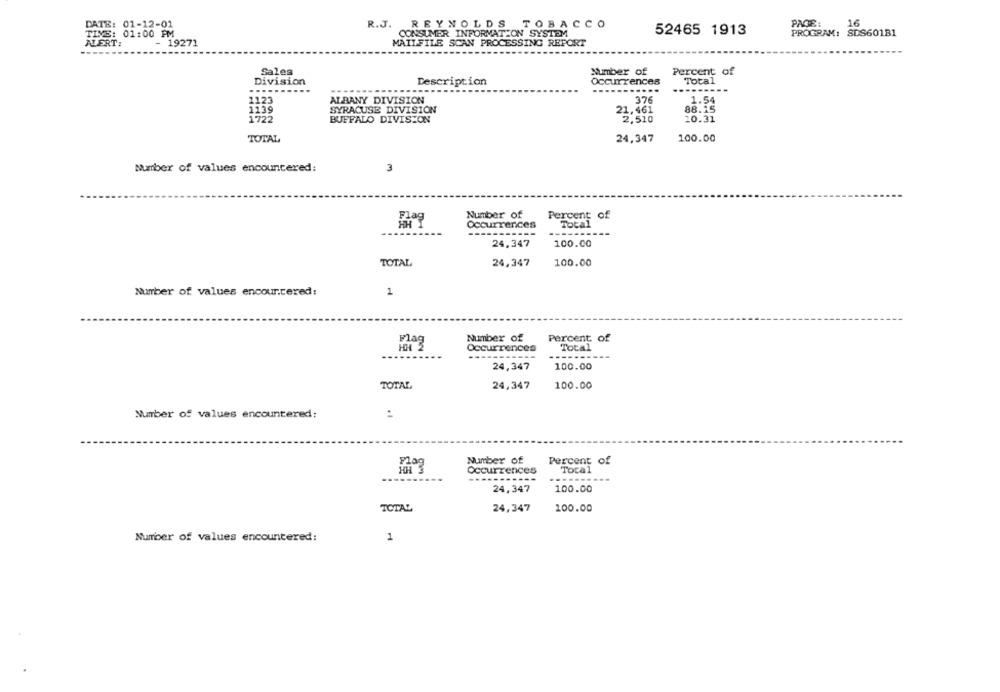
DATE: 01-12-01
R.J. REYNOLDS TOBACCO
PAGE:
16
TIME: 01:00 PM
CONSUMER INFORMATION SYSTEM
52465 1913
PROGRAM: SDS601B1
ALERT:
- 19271
MAILFILE SCAN PROCESSING REPORT
Sales
Number of
Percent of
Division
Description
Occurrences
Total
........
---
...
....
--------
1123
ALBANY DIVISION
376
1.54
1139
SYRACUSE DIVISION
21,461
88.15
1722
BUFFALO DIVISION
2,510
10.31
TOTAL
24,347
100.00
Number of values encountered:
3
Number of
Percent
of
Occurrences
Total
24,347
100.00
TOTAL
24,347
100.00
Number of values encountered:
1
Number of
Percent of
Flag
Total
Occurrences
24,347
100.00
TOTAL
24,347
100.00
Number of values encountered:
Number of
Percent of
Occurrences
Total
......----
24,347
100.00
TOTAL
24,347
100.00
Number of values encountered:
1